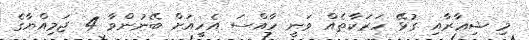
މި ޝިޢާރާއި ގުޅޭ ހަރަކާތެއް ވަނީ ހާއްސަ އެހީއަށް ބޭނުންވާ 4 ޖަމިއްޔާގެ